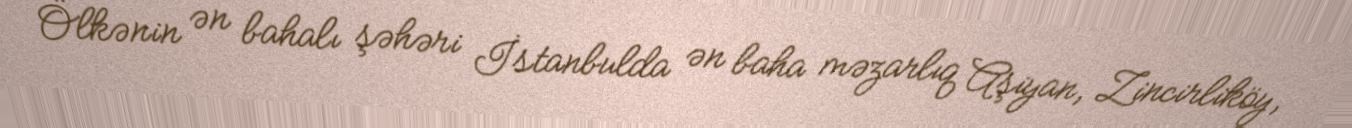
Ölkənin ən bahalı şəhəri İstanbulda ən baha məzarlıq Aşiyan, Zincirliköy,